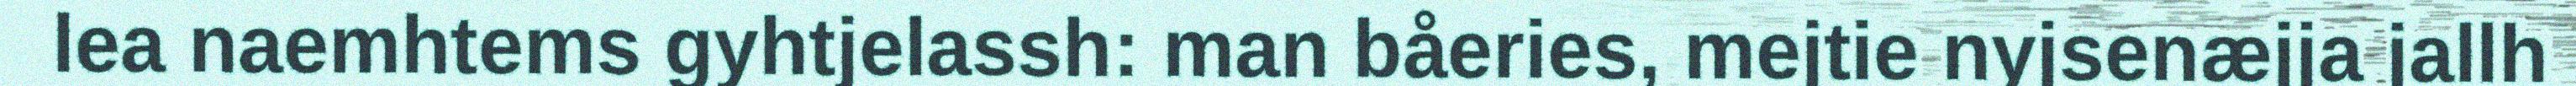
lea naemhtems gyhtjelassh: man båeries, mejtie nyjsenæjja jallh